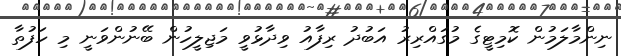
ނިންމާލަމުން ކޮމިޓީގެ މުގައްރިރު އަބުދު ރިފާއު ވިދާޅުވީ މަޖިލީހުން ބޭނުންވަނީ މި ހަފުތާ